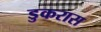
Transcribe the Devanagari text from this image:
डुकरास